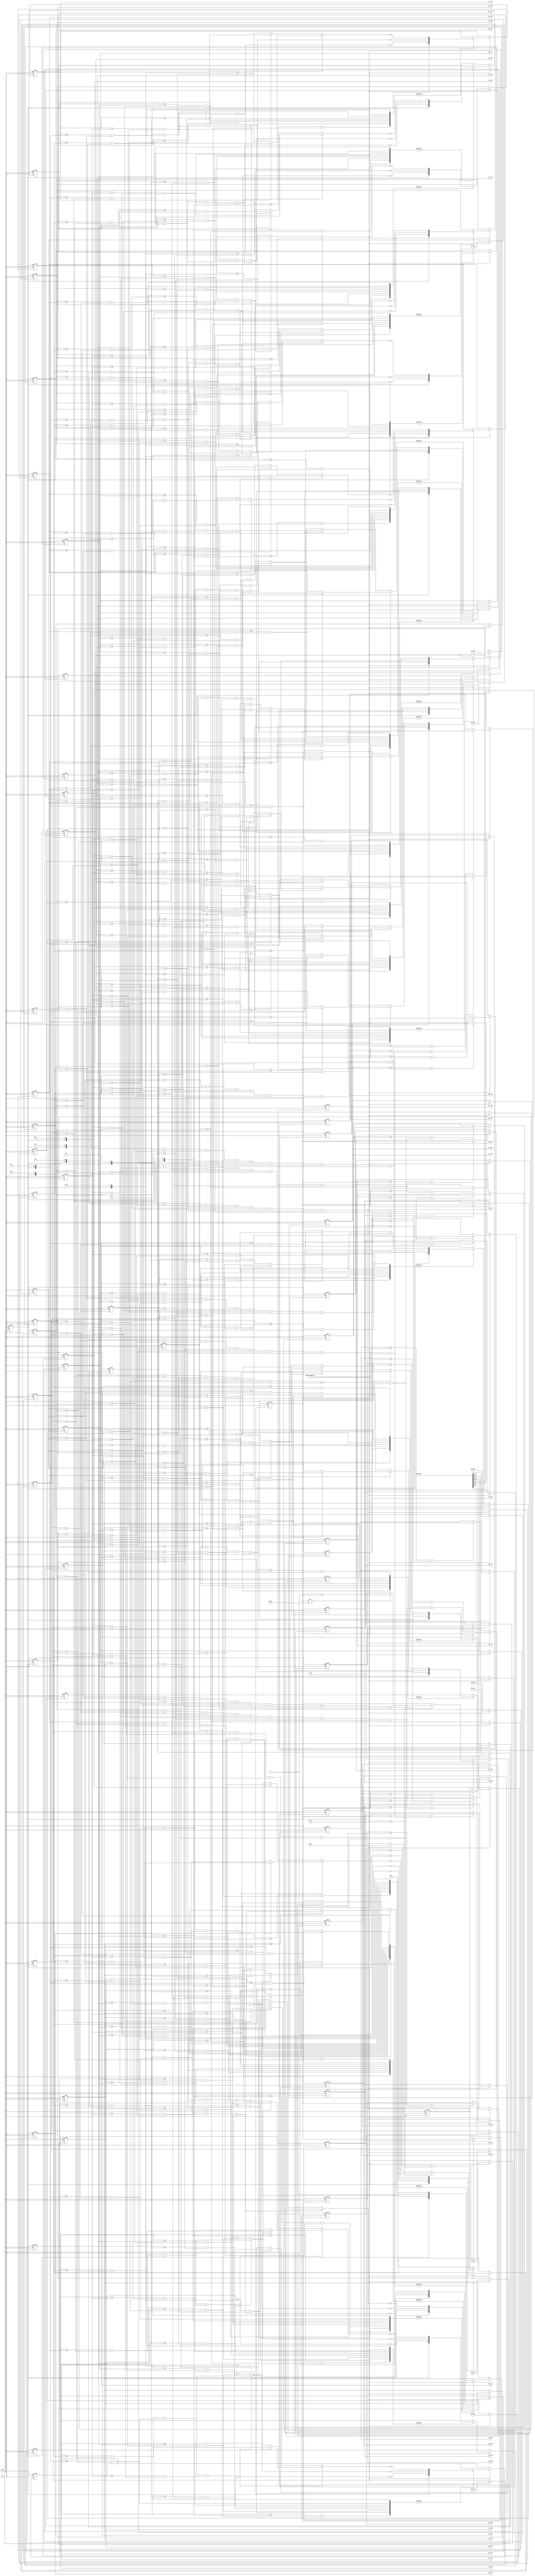
//@BzQ 
module ObjectInfoRSPE(clk, reset, start, Data_64bit, o0_label, o0_x_min, o0_x_max, o0_y_min, o0_y_max,
                                                     o1_label, o1_x_min, o1_x_max, o1_y_min, o1_y_max,
                                                     o2_label, o2_x_min, o2_x_max, o2_y_min, o2_y_max,
                                                     o3_label, o3_x_min, o3_x_max, o3_y_min, o3_y_max,
                                                     o4_label, o4_x_min, o4_x_max, o4_y_min, o4_y_max,
                                                     o5_label, o5_x_min, o5_x_max, o5_y_min, o5_y_max,
                                                     o6_label, o6_x_min, o6_x_max, o6_y_min, o6_y_max,
                                                     o7_label, o7_x_min, o7_x_max, o7_y_min, o7_y_max,
                                                     o8_label, o8_x_min, o8_x_max, o8_y_min, o8_y_max,
                                                     o9_label, o9_x_min, o9_x_max, o9_y_min, o9_y_max, 
                                                     ObjectInfoRSPE_en);
                                                     
   parameter WIDTH = 640/8;
   parameter HEIGHT = 480;
   input             clk, reset, start;  //start: }l
   input             ObjectInfoRSPE_en;
   input    [63:0]   Data_64bit;         //@i88-bit
   input    [7:0]    o0_label;
   input    [7:0]    o1_label;
   input    [7:0]    o2_label;
   input    [7:0]    o3_label;
   input    [7:0]    o4_label;
   input    [7:0]    o5_label;
   input    [7:0]    o6_label;
   input    [7:0]    o7_label;
   input    [7:0]    o8_label;
   input    [7:0]    o9_label;
   
   output   [9:0]    o0_x_min, o0_x_max;
   output   [9:0]    o1_x_min, o1_x_max;
   output   [9:0]    o2_x_min, o2_x_max;
   output   [9:0]    o3_x_min, o3_x_max;
   output   [9:0]    o4_x_min, o4_x_max;
   output   [9:0]    o5_x_min, o5_x_max;
   output   [9:0]    o6_x_min, o6_x_max;
   output   [9:0]    o7_x_min, o7_x_max;
   output   [9:0]    o8_x_min, o8_x_max;
   output   [9:0]    o9_x_min, o9_x_max;
   
   output   [8:0]    o0_y_min, o0_y_max;
   output   [8:0]    o1_y_min, o1_y_max;
   output   [8:0]    o2_y_min, o2_y_max;
   output   [8:0]    o3_y_min, o3_y_max;
   output   [8:0]    o4_y_min, o4_y_max;
   output   [8:0]    o5_y_min, o5_y_max;
   output   [8:0]    o6_y_min, o6_y_max;
   output   [8:0]    o7_y_min, o7_y_max;
   output   [8:0]    o8_y_min, o8_y_max;
   output   [8:0]    o9_y_min, o9_y_max;
   
   reg      [9:0]    o0_x_min, o0_x_max;
   reg      [9:0]    o1_x_min, o1_x_max;
   reg      [9:0]    o2_x_min, o2_x_max;
   reg      [9:0]    o3_x_min, o3_x_max;
   reg      [9:0]    o4_x_min, o4_x_max;
   reg      [9:0]    o5_x_min, o5_x_max;
   reg      [9:0]    o6_x_min, o6_x_max;
   reg      [9:0]    o7_x_min, o7_x_max;
   reg      [9:0]    o8_x_min, o8_x_max;
   reg      [9:0]    o9_x_min, o9_x_max;
   
   reg      [8:0]    o0_y_min, o0_y_max;
   reg      [8:0]    o1_y_min, o1_y_max;
   reg      [8:0]    o2_y_min, o2_y_max;
   reg      [8:0]    o3_y_min, o3_y_max;
   reg      [8:0]    o4_y_min, o4_y_max;
   reg      [8:0]    o5_y_min, o5_y_max;
   reg      [8:0]    o6_y_min, o6_y_max;
   reg      [8:0]    o7_y_min, o7_y_max;
   reg      [8:0]    o8_y_min, o8_y_max;
   reg      [8:0]    o9_y_min, o9_y_max;
   
   
   
   
   
   reg      [6:0]    count_i_r;
   reg      [8:0]    count_j_r;
   
 
   
   reg               start_r;
   
   reg      [7:0]    o0_label_r;
   reg      [7:0]    o1_label_r;
   reg      [7:0]    o2_label_r;
   reg      [7:0]    o3_label_r;
   reg      [7:0]    o4_label_r;
   reg      [7:0]    o5_label_r;
   reg      [7:0]    o6_label_r;
   reg      [7:0]    o7_label_r;
   reg      [7:0]    o8_label_r;
   reg      [7:0]    o9_label_r;
   
   reg      [7:0]    data_r [0:7];
   //reg      [7:0]    data_1_r;
   //reg      [7:0]    data_2_r;
   //reg      [7:0]    data_3_r;
   //reg      [7:0]    data_4_r;
   //reg      [7:0]    data_5_r;
   //reg      [7:0]    data_6_r;
   //reg      [7:0]    data_7_r;
   
   reg      [6:0]    count_i_w; 
   reg      [8:0]    count_j_w; 
   
   wire     [2:0]    index_min_0_w;
   wire     [2:0]    index_min_1_w;
   wire     [2:0]    index_min_2_w;
   wire     [2:0]    index_min_3_w;
   wire     [2:0]    index_min_4_w;
   wire     [2:0]    index_min_5_w;
   wire     [2:0]    index_min_6_w;
   wire     [2:0]    index_min_7_w;
   wire     [2:0]    index_min_8_w;
   wire     [2:0]    index_min_9_w;
   
   wire     [2:0]    index_max_0_w;
   wire     [2:0]    index_max_1_w;
   wire     [2:0]    index_max_2_w;
   wire     [2:0]    index_max_3_w;
   wire     [2:0]    index_max_4_w;
   wire     [2:0]    index_max_5_w;
   wire     [2:0]    index_max_6_w;
   wire     [2:0]    index_max_7_w;
   wire     [2:0]    index_max_8_w;
   wire     [2:0]    index_max_9_w;
   
   

                               
   wire     [9:0]    i_0_w;    
   wire     [9:0]    i_1_w;
   wire     [9:0]    i_2_w;
   wire     [9:0]    i_3_w;
   wire     [9:0]    i_4_w;
   wire     [9:0]    i_5_w;
   wire     [9:0]    i_6_w;
   wire     [9:0]    i_7_w;
   
   wire     [8:0]    j_w;
   
   wire     [8:0]    o0_y_min_w, o0_y_max_w;
   wire     [8:0]    o1_y_min_w, o1_y_max_w;
   wire     [8:0]    o2_y_min_w, o2_y_max_w;
   wire     [8:0]    o3_y_min_w, o3_y_max_w;
   wire     [8:0]    o4_y_min_w, o4_y_max_w;
   wire     [8:0]    o5_y_min_w, o5_y_max_w;
   wire     [8:0]    o6_y_min_w, o6_y_max_w;
   wire     [8:0]    o7_y_min_w, o7_y_max_w;
   wire     [8:0]    o8_y_min_w, o8_y_max_w;
   wire     [8:0]    o9_y_min_w, o9_y_max_w;
   
   wire     [9:0]    o0_x_min_w, o0_x_max_w;
   wire     [9:0]    o1_x_min_w, o1_x_max_w;
   wire     [9:0]    o2_x_min_w, o2_x_max_w;
   wire     [9:0]    o3_x_min_w, o3_x_max_w;
   wire     [9:0]    o4_x_min_w, o4_x_max_w;
   wire     [9:0]    o5_x_min_w, o5_x_max_w;
   wire     [9:0]    o6_x_min_w, o6_x_max_w;
   wire     [9:0]    o7_x_min_w, o7_x_max_w;
   wire     [9:0]    o8_x_min_w, o8_x_max_w;
   wire     [9:0]    o9_x_min_w, o9_x_max_w;
   
   
   wire     [7:0]    flag_min_0_w;
   wire     [7:0]    flag_min_1_w;
   wire     [7:0]    flag_min_2_w;
   wire     [7:0]    flag_min_3_w;
   wire     [7:0]    flag_min_4_w;
   wire     [7:0]    flag_min_5_w;
   wire     [7:0]    flag_min_6_w;
   wire     [7:0]    flag_min_7_w;
   wire     [7:0]    flag_min_8_w;
   wire     [7:0]    flag_min_9_w;
   
   wire     [7:0]    flag_max_0_w;
   wire     [7:0]    flag_max_1_w;
   wire     [7:0]    flag_max_2_w;
   wire     [7:0]    flag_max_3_w;
   wire     [7:0]    flag_max_4_w;
   wire     [7:0]    flag_max_5_w;
   wire     [7:0]    flag_max_6_w;
   wire     [7:0]    flag_max_7_w;
   wire     [7:0]    flag_max_8_w;
   wire     [7:0]    flag_max_9_w;
   
   
   
//========================================================================================================   
   assign i_0_w = {count_i_r, 3'd0};
   assign i_1_w = {count_i_r, 3'd1};
   assign i_2_w = {count_i_r, 3'd2};
   assign i_3_w = {count_i_r, 3'd3};
   assign i_4_w = {count_i_r, 3'd4};
   assign i_5_w = {count_i_r, 3'd5};
   assign i_6_w = {count_i_r, 3'd6};
   assign i_7_w = {count_i_r, 3'd7};
   
   assign j_w = count_j_r;
   
   assign o0_y_min_w = (o0_y_min >= j_w && (data_r[0] == o0_label_r || data_r[1] == o0_label_r || data_r[2] == o0_label_r || data_r[3] == o0_label_r || data_r[4] == o0_label_r || data_r[5] == o0_label_r || data_r[6] == o0_label_r || data_r[7] == o0_label_r) ) ? j_w : o0_y_min;
   assign o1_y_min_w = (o1_y_min >= j_w && (data_r[0] == o1_label_r || data_r[1] == o1_label_r || data_r[2] == o1_label_r || data_r[3] == o1_label_r || data_r[4] == o1_label_r || data_r[5] == o1_label_r || data_r[6] == o1_label_r || data_r[7] == o1_label_r) ) ? j_w : o1_y_min;
   assign o2_y_min_w = (o2_y_min >= j_w && (data_r[0] == o2_label_r || data_r[1] == o2_label_r || data_r[2] == o2_label_r || data_r[3] == o2_label_r || data_r[4] == o2_label_r || data_r[5] == o2_label_r || data_r[6] == o2_label_r || data_r[7] == o2_label_r) ) ? j_w : o2_y_min;
   assign o3_y_min_w = (o3_y_min >= j_w && (data_r[0] == o3_label_r || data_r[1] == o3_label_r || data_r[2] == o3_label_r || data_r[3] == o3_label_r || data_r[4] == o3_label_r || data_r[5] == o3_label_r || data_r[6] == o3_label_r || data_r[7] == o3_label_r) ) ? j_w : o3_y_min;
   assign o4_y_min_w = (o4_y_min >= j_w && (data_r[0] == o4_label_r || data_r[1] == o4_label_r || data_r[2] == o4_label_r || data_r[3] == o4_label_r || data_r[4] == o4_label_r || data_r[5] == o4_label_r || data_r[6] == o4_label_r || data_r[7] == o4_label_r) ) ? j_w : o4_y_min;
   assign o5_y_min_w = (o5_y_min >= j_w && (data_r[0] == o5_label_r || data_r[1] == o5_label_r || data_r[2] == o5_label_r || data_r[3] == o5_label_r || data_r[4] == o5_label_r || data_r[5] == o5_label_r || data_r[6] == o5_label_r || data_r[7] == o5_label_r) ) ? j_w : o5_y_min;
   assign o6_y_min_w = (o6_y_min >= j_w && (data_r[0] == o6_label_r || data_r[1] == o6_label_r || data_r[2] == o6_label_r || data_r[3] == o6_label_r || data_r[4] == o6_label_r || data_r[5] == o6_label_r || data_r[6] == o6_label_r || data_r[7] == o6_label_r) ) ? j_w : o6_y_min;
   assign o7_y_min_w = (o7_y_min >= j_w && (data_r[0] == o7_label_r || data_r[1] == o7_label_r || data_r[2] == o7_label_r || data_r[3] == o7_label_r || data_r[4] == o7_label_r || data_r[5] == o7_label_r || data_r[6] == o7_label_r || data_r[7] == o7_label_r) ) ? j_w : o7_y_min;
   assign o8_y_min_w = (o8_y_min >= j_w && (data_r[0] == o8_label_r || data_r[1] == o8_label_r || data_r[2] == o8_label_r || data_r[3] == o8_label_r || data_r[4] == o8_label_r || data_r[5] == o8_label_r || data_r[6] == o8_label_r || data_r[7] == o8_label_r) ) ? j_w : o8_y_min;
   assign o9_y_min_w = (o9_y_min >= j_w && (data_r[0] == o9_label_r || data_r[1] == o9_label_r || data_r[2] == o9_label_r || data_r[3] == o9_label_r || data_r[4] == o9_label_r || data_r[5] == o9_label_r || data_r[6] == o9_label_r || data_r[7] == o9_label_r) ) ? j_w : o9_y_min;
   
   assign o0_y_max_w = (o0_y_max <= j_w && (data_r[0] == o0_label_r || data_r[1] == o0_label_r || data_r[2] == o0_label_r || data_r[3] == o0_label_r || data_r[4] == o0_label_r || data_r[5] == o0_label_r || data_r[6] == o0_label_r || data_r[7] == o0_label_r) ) ? j_w : o0_y_max;
   assign o1_y_max_w = (o1_y_max <= j_w && (data_r[0] == o1_label_r || data_r[1] == o1_label_r || data_r[2] == o1_label_r || data_r[3] == o1_label_r || data_r[4] == o1_label_r || data_r[5] == o1_label_r || data_r[6] == o1_label_r || data_r[7] == o1_label_r) ) ? j_w : o1_y_max;
   assign o2_y_max_w = (o2_y_max <= j_w && (data_r[0] == o2_label_r || data_r[1] == o2_label_r || data_r[2] == o2_label_r || data_r[3] == o2_label_r || data_r[4] == o2_label_r || data_r[5] == o2_label_r || data_r[6] == o2_label_r || data_r[7] == o2_label_r) ) ? j_w : o2_y_max;
   assign o3_y_max_w = (o3_y_max <= j_w && (data_r[0] == o3_label_r || data_r[1] == o3_label_r || data_r[2] == o3_label_r || data_r[3] == o3_label_r || data_r[4] == o3_label_r || data_r[5] == o3_label_r || data_r[6] == o3_label_r || data_r[7] == o3_label_r) ) ? j_w : o3_y_max;
   assign o4_y_max_w = (o4_y_max <= j_w && (data_r[0] == o4_label_r || data_r[1] == o4_label_r || data_r[2] == o4_label_r || data_r[3] == o4_label_r || data_r[4] == o4_label_r || data_r[5] == o4_label_r || data_r[6] == o4_label_r || data_r[7] == o4_label_r) ) ? j_w : o4_y_max;
   assign o5_y_max_w = (o5_y_max <= j_w && (data_r[0] == o5_label_r || data_r[1] == o5_label_r || data_r[2] == o5_label_r || data_r[3] == o5_label_r || data_r[4] == o5_label_r || data_r[5] == o5_label_r || data_r[6] == o5_label_r || data_r[7] == o5_label_r) ) ? j_w : o5_y_max;
   assign o6_y_max_w = (o6_y_max <= j_w && (data_r[0] == o6_label_r || data_r[1] == o6_label_r || data_r[2] == o6_label_r || data_r[3] == o6_label_r || data_r[4] == o6_label_r || data_r[5] == o6_label_r || data_r[6] == o6_label_r || data_r[7] == o6_label_r) ) ? j_w : o6_y_max;
   assign o7_y_max_w = (o7_y_max <= j_w && (data_r[0] == o7_label_r || data_r[1] == o7_label_r || data_r[2] == o7_label_r || data_r[3] == o7_label_r || data_r[4] == o7_label_r || data_r[5] == o7_label_r || data_r[6] == o7_label_r || data_r[7] == o7_label_r) ) ? j_w : o7_y_max;
   assign o8_y_max_w = (o8_y_max <= j_w && (data_r[0] == o8_label_r || data_r[1] == o8_label_r || data_r[2] == o8_label_r || data_r[3] == o8_label_r || data_r[4] == o8_label_r || data_r[5] == o8_label_r || data_r[6] == o8_label_r || data_r[7] == o8_label_r) ) ? j_w : o8_y_max;
   assign o9_y_max_w = (o9_y_max <= j_w && (data_r[0] == o9_label_r || data_r[1] == o9_label_r || data_r[2] == o9_label_r || data_r[3] == o9_label_r || data_r[4] == o9_label_r || data_r[5] == o9_label_r || data_r[6] == o9_label_r || data_r[7] == o9_label_r) ) ? j_w : o9_y_max;
   
   assign flag_min_0_w[0] = (o0_x_min >= i_0_w && data_r[0] == o0_label_r);
   assign flag_min_0_w[1] = (o0_x_min >= i_1_w && data_r[1] == o0_label_r);
   assign flag_min_0_w[2] = (o0_x_min >= i_2_w && data_r[2] == o0_label_r);
   assign flag_min_0_w[3] = (o0_x_min >= i_3_w && data_r[3] == o0_label_r);
   assign flag_min_0_w[4] = (o0_x_min >= i_4_w && data_r[4] == o0_label_r);
   assign flag_min_0_w[5] = (o0_x_min >= i_5_w && data_r[5] == o0_label_r);
   assign flag_min_0_w[6] = (o0_x_min >= i_6_w && data_r[6] == o0_label_r);
   assign flag_min_0_w[7] = (o0_x_min >= i_7_w && data_r[7] == o0_label_r);
   
   assign flag_min_1_w[0] = (o1_x_min >= i_0_w && data_r[0] == o1_label_r);
   assign flag_min_1_w[1] = (o1_x_min >= i_1_w && data_r[1] == o1_label_r);
   assign flag_min_1_w[2] = (o1_x_min >= i_2_w && data_r[2] == o1_label_r);
   assign flag_min_1_w[3] = (o1_x_min >= i_3_w && data_r[3] == o1_label_r);
   assign flag_min_1_w[4] = (o1_x_min >= i_4_w && data_r[4] == o1_label_r);
   assign flag_min_1_w[5] = (o1_x_min >= i_5_w && data_r[5] == o1_label_r);
   assign flag_min_1_w[6] = (o1_x_min >= i_6_w && data_r[6] == o1_label_r);
   assign flag_min_1_w[7] = (o1_x_min >= i_7_w && data_r[7] == o1_label_r);
   
   assign flag_min_2_w[0] = (o2_x_min >= i_0_w && data_r[0] == o2_label_r);
   assign flag_min_2_w[1] = (o2_x_min >= i_1_w && data_r[1] == o2_label_r);
   assign flag_min_2_w[2] = (o2_x_min >= i_2_w && data_r[2] == o2_label_r);
   assign flag_min_2_w[3] = (o2_x_min >= i_3_w && data_r[3] == o2_label_r);
   assign flag_min_2_w[4] = (o2_x_min >= i_4_w && data_r[4] == o2_label_r);
   assign flag_min_2_w[5] = (o2_x_min >= i_5_w && data_r[5] == o2_label_r);
   assign flag_min_2_w[6] = (o2_x_min >= i_6_w && data_r[6] == o2_label_r);
   assign flag_min_2_w[7] = (o2_x_min >= i_7_w && data_r[7] == o2_label_r);
   
   assign flag_min_3_w[0] = (o3_x_min >= i_0_w && data_r[0] == o3_label_r);
   assign flag_min_3_w[1] = (o3_x_min >= i_1_w && data_r[1] == o3_label_r);
   assign flag_min_3_w[2] = (o3_x_min >= i_2_w && data_r[2] == o3_label_r);
   assign flag_min_3_w[3] = (o3_x_min >= i_3_w && data_r[3] == o3_label_r);
   assign flag_min_3_w[4] = (o3_x_min >= i_4_w && data_r[4] == o3_label_r);
   assign flag_min_3_w[5] = (o3_x_min >= i_5_w && data_r[5] == o3_label_r);
   assign flag_min_3_w[6] = (o3_x_min >= i_6_w && data_r[6] == o3_label_r);
   assign flag_min_3_w[7] = (o3_x_min >= i_7_w && data_r[7] == o3_label_r);
   
   assign flag_min_4_w[0] = (o4_x_min >= i_0_w && data_r[0] == o4_label_r);
   assign flag_min_4_w[1] = (o4_x_min >= i_1_w && data_r[1] == o4_label_r);
   assign flag_min_4_w[2] = (o4_x_min >= i_2_w && data_r[2] == o4_label_r);
   assign flag_min_4_w[3] = (o4_x_min >= i_3_w && data_r[3] == o4_label_r);
   assign flag_min_4_w[4] = (o4_x_min >= i_4_w && data_r[4] == o4_label_r);
   assign flag_min_4_w[5] = (o4_x_min >= i_5_w && data_r[5] == o4_label_r);
   assign flag_min_4_w[6] = (o4_x_min >= i_6_w && data_r[6] == o4_label_r);
   assign flag_min_4_w[7] = (o4_x_min >= i_7_w && data_r[7] == o4_label_r);
   
   assign flag_min_5_w[0] = (o5_x_min >= i_0_w && data_r[0] == o5_label_r);
   assign flag_min_5_w[1] = (o5_x_min >= i_1_w && data_r[1] == o5_label_r);
   assign flag_min_5_w[2] = (o5_x_min >= i_2_w && data_r[2] == o5_label_r);
   assign flag_min_5_w[3] = (o5_x_min >= i_3_w && data_r[3] == o5_label_r);
   assign flag_min_5_w[4] = (o5_x_min >= i_4_w && data_r[4] == o5_label_r);
   assign flag_min_5_w[5] = (o5_x_min >= i_5_w && data_r[5] == o5_label_r);
   assign flag_min_5_w[6] = (o5_x_min >= i_6_w && data_r[6] == o5_label_r);
   assign flag_min_5_w[7] = (o5_x_min >= i_7_w && data_r[7] == o5_label_r);
   
   assign flag_min_6_w[0] = (o6_x_min >= i_0_w && data_r[0] == o6_label_r);
   assign flag_min_6_w[1] = (o6_x_min >= i_1_w && data_r[1] == o6_label_r);
   assign flag_min_6_w[2] = (o6_x_min >= i_2_w && data_r[2] == o6_label_r);
   assign flag_min_6_w[3] = (o6_x_min >= i_3_w && data_r[3] == o6_label_r);
   assign flag_min_6_w[4] = (o6_x_min >= i_4_w && data_r[4] == o6_label_r);
   assign flag_min_6_w[5] = (o6_x_min >= i_5_w && data_r[5] == o6_label_r);
   assign flag_min_6_w[6] = (o6_x_min >= i_6_w && data_r[6] == o6_label_r);
   assign flag_min_6_w[7] = (o6_x_min >= i_7_w && data_r[7] == o6_label_r);
   
   assign flag_min_7_w[0] = (o7_x_min >= i_0_w && data_r[0] == o7_label_r);
   assign flag_min_7_w[1] = (o7_x_min >= i_1_w && data_r[1] == o7_label_r);
   assign flag_min_7_w[2] = (o7_x_min >= i_2_w && data_r[2] == o7_label_r);
   assign flag_min_7_w[3] = (o7_x_min >= i_3_w && data_r[3] == o7_label_r);
   assign flag_min_7_w[4] = (o7_x_min >= i_4_w && data_r[4] == o7_label_r);
   assign flag_min_7_w[5] = (o7_x_min >= i_5_w && data_r[5] == o7_label_r);
   assign flag_min_7_w[6] = (o7_x_min >= i_6_w && data_r[6] == o7_label_r);
   assign flag_min_7_w[7] = (o7_x_min >= i_7_w && data_r[7] == o7_label_r);
   
   assign flag_min_8_w[0] = (o8_x_min >= i_0_w && data_r[0] == o8_label_r);
   assign flag_min_8_w[1] = (o8_x_min >= i_1_w && data_r[1] == o8_label_r);
   assign flag_min_8_w[2] = (o8_x_min >= i_2_w && data_r[2] == o8_label_r);
   assign flag_min_8_w[3] = (o8_x_min >= i_3_w && data_r[3] == o8_label_r);
   assign flag_min_8_w[4] = (o8_x_min >= i_4_w && data_r[4] == o8_label_r);
   assign flag_min_8_w[5] = (o8_x_min >= i_5_w && data_r[5] == o8_label_r);
   assign flag_min_8_w[6] = (o8_x_min >= i_6_w && data_r[6] == o8_label_r);
   assign flag_min_8_w[7] = (o8_x_min >= i_7_w && data_r[7] == o8_label_r);
   
   assign flag_min_9_w[0] = (o9_x_min >= i_0_w && data_r[0] == o9_label_r);
   assign flag_min_9_w[1] = (o9_x_min >= i_1_w && data_r[1] == o9_label_r);
   assign flag_min_9_w[2] = (o9_x_min >= i_2_w && data_r[2] == o9_label_r);
   assign flag_min_9_w[3] = (o9_x_min >= i_3_w && data_r[3] == o9_label_r);
   assign flag_min_9_w[4] = (o9_x_min >= i_4_w && data_r[4] == o9_label_r);
   assign flag_min_9_w[5] = (o9_x_min >= i_5_w && data_r[5] == o9_label_r);
   assign flag_min_9_w[6] = (o9_x_min >= i_6_w && data_r[6] == o9_label_r);
   assign flag_min_9_w[7] = (o9_x_min >= i_7_w && data_r[7] == o9_label_r);
   
   
   assign flag_max_0_w[0] = (o0_x_max <= i_0_w && data_r[0] == o0_label_r);
   assign flag_max_0_w[1] = (o0_x_max <= i_1_w && data_r[1] == o0_label_r);
   assign flag_max_0_w[2] = (o0_x_max <= i_2_w && data_r[2] == o0_label_r);
   assign flag_max_0_w[3] = (o0_x_max <= i_3_w && data_r[3] == o0_label_r);
   assign flag_max_0_w[4] = (o0_x_max <= i_4_w && data_r[4] == o0_label_r);
   assign flag_max_0_w[5] = (o0_x_max <= i_5_w && data_r[5] == o0_label_r);
   assign flag_max_0_w[6] = (o0_x_max <= i_6_w && data_r[6] == o0_label_r);
   assign flag_max_0_w[7] = (o0_x_max <= i_7_w && data_r[7] == o0_label_r);
                         
   assign flag_max_1_w[0] = (o1_x_max <= i_0_w && data_r[0] == o1_label_r);
   assign flag_max_1_w[1] = (o1_x_max <= i_1_w && data_r[1] == o1_label_r);
   assign flag_max_1_w[2] = (o1_x_max <= i_2_w && data_r[2] == o1_label_r);
   assign flag_max_1_w[3] = (o1_x_max <= i_3_w && data_r[3] == o1_label_r);
   assign flag_max_1_w[4] = (o1_x_max <= i_4_w && data_r[4] == o1_label_r);
   assign flag_max_1_w[5] = (o1_x_max <= i_5_w && data_r[5] == o1_label_r);
   assign flag_max_1_w[6] = (o1_x_max <= i_6_w && data_r[6] == o1_label_r);
   assign flag_max_1_w[7] = (o1_x_max <= i_7_w && data_r[7] == o1_label_r);
                         
   assign flag_max_2_w[0] = (o2_x_max <= i_0_w && data_r[0] == o2_label_r);
   assign flag_max_2_w[1] = (o2_x_max <= i_1_w && data_r[1] == o2_label_r);
   assign flag_max_2_w[2] = (o2_x_max <= i_2_w && data_r[2] == o2_label_r);
   assign flag_max_2_w[3] = (o2_x_max <= i_3_w && data_r[3] == o2_label_r);
   assign flag_max_2_w[4] = (o2_x_max <= i_4_w && data_r[4] == o2_label_r);
   assign flag_max_2_w[5] = (o2_x_max <= i_5_w && data_r[5] == o2_label_r);
   assign flag_max_2_w[6] = (o2_x_max <= i_6_w && data_r[6] == o2_label_r);
   assign flag_max_2_w[7] = (o2_x_max <= i_7_w && data_r[7] == o2_label_r);
                         
   assign flag_max_3_w[0] = (o3_x_max <= i_0_w && data_r[0] == o3_label_r);
   assign flag_max_3_w[1] = (o3_x_max <= i_1_w && data_r[1] == o3_label_r);
   assign flag_max_3_w[2] = (o3_x_max <= i_2_w && data_r[2] == o3_label_r);
   assign flag_max_3_w[3] = (o3_x_max <= i_3_w && data_r[3] == o3_label_r);
   assign flag_max_3_w[4] = (o3_x_max <= i_4_w && data_r[4] == o3_label_r);
   assign flag_max_3_w[5] = (o3_x_max <= i_5_w && data_r[5] == o3_label_r);
   assign flag_max_3_w[6] = (o3_x_max <= i_6_w && data_r[6] == o3_label_r);
   assign flag_max_3_w[7] = (o3_x_max <= i_7_w && data_r[7] == o3_label_r);
                         
   assign flag_max_4_w[0] = (o4_x_max <= i_0_w && data_r[0] == o4_label_r);
   assign flag_max_4_w[1] = (o4_x_max <= i_1_w && data_r[1] == o4_label_r);
   assign flag_max_4_w[2] = (o4_x_max <= i_2_w && data_r[2] == o4_label_r);
   assign flag_max_4_w[3] = (o4_x_max <= i_3_w && data_r[3] == o4_label_r);
   assign flag_max_4_w[4] = (o4_x_max <= i_4_w && data_r[4] == o4_label_r);
   assign flag_max_4_w[5] = (o4_x_max <= i_5_w && data_r[5] == o4_label_r);
   assign flag_max_4_w[6] = (o4_x_max <= i_6_w && data_r[6] == o4_label_r);
   assign flag_max_4_w[7] = (o4_x_max <= i_7_w && data_r[7] == o4_label_r);
                         
   assign flag_max_5_w[0] = (o5_x_max <= i_0_w && data_r[0] == o5_label_r);
   assign flag_max_5_w[1] = (o5_x_max <= i_1_w && data_r[1] == o5_label_r);
   assign flag_max_5_w[2] = (o5_x_max <= i_2_w && data_r[2] == o5_label_r);
   assign flag_max_5_w[3] = (o5_x_max <= i_3_w && data_r[3] == o5_label_r);
   assign flag_max_5_w[4] = (o5_x_max <= i_4_w && data_r[4] == o5_label_r);
   assign flag_max_5_w[5] = (o5_x_max <= i_5_w && data_r[5] == o5_label_r);
   assign flag_max_5_w[6] = (o5_x_max <= i_6_w && data_r[6] == o5_label_r);
   assign flag_max_5_w[7] = (o5_x_max <= i_7_w && data_r[7] == o5_label_r);
                         
   assign flag_max_6_w[0] = (o6_x_max <= i_0_w && data_r[0] == o6_label_r);
   assign flag_max_6_w[1] = (o6_x_max <= i_1_w && data_r[1] == o6_label_r);
   assign flag_max_6_w[2] = (o6_x_max <= i_2_w && data_r[2] == o6_label_r);
   assign flag_max_6_w[3] = (o6_x_max <= i_3_w && data_r[3] == o6_label_r);
   assign flag_max_6_w[4] = (o6_x_max <= i_4_w && data_r[4] == o6_label_r);
   assign flag_max_6_w[5] = (o6_x_max <= i_5_w && data_r[5] == o6_label_r);
   assign flag_max_6_w[6] = (o6_x_max <= i_6_w && data_r[6] == o6_label_r);
   assign flag_max_6_w[7] = (o6_x_max <= i_7_w && data_r[7] == o6_label_r);
                         
   assign flag_max_7_w[0] = (o7_x_max <= i_0_w && data_r[0] == o7_label_r);
   assign flag_max_7_w[1] = (o7_x_max <= i_1_w && data_r[1] == o7_label_r);
   assign flag_max_7_w[2] = (o7_x_max <= i_2_w && data_r[2] == o7_label_r);
   assign flag_max_7_w[3] = (o7_x_max <= i_3_w && data_r[3] == o7_label_r);
   assign flag_max_7_w[4] = (o7_x_max <= i_4_w && data_r[4] == o7_label_r);
   assign flag_max_7_w[5] = (o7_x_max <= i_5_w && data_r[5] == o7_label_r);
   assign flag_max_7_w[6] = (o7_x_max <= i_6_w && data_r[6] == o7_label_r);
   assign flag_max_7_w[7] = (o7_x_max <= i_7_w && data_r[7] == o7_label_r);
                         
   assign flag_max_8_w[0] = (o8_x_max <= i_0_w && data_r[0] == o8_label_r);
   assign flag_max_8_w[1] = (o8_x_max <= i_1_w && data_r[1] == o8_label_r);
   assign flag_max_8_w[2] = (o8_x_max <= i_2_w && data_r[2] == o8_label_r);
   assign flag_max_8_w[3] = (o8_x_max <= i_3_w && data_r[3] == o8_label_r);
   assign flag_max_8_w[4] = (o8_x_max <= i_4_w && data_r[4] == o8_label_r);
   assign flag_max_8_w[5] = (o8_x_max <= i_5_w && data_r[5] == o8_label_r);
   assign flag_max_8_w[6] = (o8_x_max <= i_6_w && data_r[6] == o8_label_r);
   assign flag_max_8_w[7] = (o8_x_max <= i_7_w && data_r[7] == o8_label_r);
                         
   assign flag_max_9_w[0] = (o9_x_max <= i_0_w && data_r[0] == o9_label_r);
   assign flag_max_9_w[1] = (o9_x_max <= i_1_w && data_r[1] == o9_label_r);
   assign flag_max_9_w[2] = (o9_x_max <= i_2_w && data_r[2] == o9_label_r);
   assign flag_max_9_w[3] = (o9_x_max <= i_3_w && data_r[3] == o9_label_r);
   assign flag_max_9_w[4] = (o9_x_max <= i_4_w && data_r[4] == o9_label_r);
   assign flag_max_9_w[5] = (o9_x_max <= i_5_w && data_r[5] == o9_label_r);
   assign flag_max_9_w[6] = (o9_x_max <= i_6_w && data_r[6] == o9_label_r);
   assign flag_max_9_w[7] = (o9_x_max <= i_7_w && data_r[7] == o9_label_r);
   
   
   
   assign index_min_0_w[2] = !(flag_min_0_w[0] || flag_min_0_w[1] || flag_min_0_w[2] || flag_min_0_w[3]);
   assign index_min_1_w[2] = !(flag_min_1_w[0] || flag_min_1_w[1] || flag_min_1_w[2] || flag_min_1_w[3]);
   assign index_min_2_w[2] = !(flag_min_2_w[0] || flag_min_2_w[1] || flag_min_2_w[2] || flag_min_2_w[3]);
   assign index_min_3_w[2] = !(flag_min_3_w[0] || flag_min_3_w[1] || flag_min_3_w[2] || flag_min_3_w[3]);
   assign index_min_4_w[2] = !(flag_min_4_w[0] || flag_min_4_w[1] || flag_min_4_w[2] || flag_min_4_w[3]);
   assign index_min_5_w[2] = !(flag_min_5_w[0] || flag_min_5_w[1] || flag_min_5_w[2] || flag_min_5_w[3]);
   assign index_min_6_w[2] = !(flag_min_6_w[0] || flag_min_6_w[1] || flag_min_6_w[2] || flag_min_6_w[3]);
   assign index_min_7_w[2] = !(flag_min_7_w[0] || flag_min_7_w[1] || flag_min_7_w[2] || flag_min_7_w[3]);
   assign index_min_8_w[2] = !(flag_min_8_w[0] || flag_min_8_w[1] || flag_min_8_w[2] || flag_min_8_w[3]);
   assign index_min_9_w[2] = !(flag_min_9_w[0] || flag_min_9_w[1] || flag_min_9_w[2] || flag_min_9_w[3]);
   
   assign index_min_0_w[1] = !((index_min_0_w[2])?(flag_min_0_w[4] || flag_min_0_w[5]):(flag_min_0_w[0] || flag_min_0_w[1]));
   assign index_min_1_w[1] = !((index_min_1_w[2])?(flag_min_1_w[4] || flag_min_1_w[5]):(flag_min_1_w[0] || flag_min_1_w[1]));
   assign index_min_2_w[1] = !((index_min_2_w[2])?(flag_min_2_w[4] || flag_min_2_w[5]):(flag_min_2_w[0] || flag_min_2_w[1]));
   assign index_min_3_w[1] = !((index_min_3_w[2])?(flag_min_3_w[4] || flag_min_3_w[5]):(flag_min_3_w[0] || flag_min_3_w[1]));
   assign index_min_4_w[1] = !((index_min_4_w[2])?(flag_min_4_w[4] || flag_min_4_w[5]):(flag_min_4_w[0] || flag_min_4_w[1]));
   assign index_min_5_w[1] = !((index_min_5_w[2])?(flag_min_5_w[4] || flag_min_5_w[5]):(flag_min_5_w[0] || flag_min_5_w[1]));
   assign index_min_6_w[1] = !((index_min_6_w[2])?(flag_min_6_w[4] || flag_min_6_w[5]):(flag_min_6_w[0] || flag_min_6_w[1]));
   assign index_min_7_w[1] = !((index_min_7_w[2])?(flag_min_7_w[4] || flag_min_7_w[5]):(flag_min_7_w[0] || flag_min_7_w[1]));
   assign index_min_8_w[1] = !((index_min_8_w[2])?(flag_min_8_w[4] || flag_min_8_w[5]):(flag_min_8_w[0] || flag_min_8_w[1]));
   assign index_min_9_w[1] = !((index_min_9_w[2])?(flag_min_9_w[4] || flag_min_9_w[5]):(flag_min_9_w[0] || flag_min_9_w[1]));
   
   assign index_min_0_w[0] = !((index_min_0_w[2])? ( (index_min_0_w[1])? flag_min_0_w[6] : flag_min_0_w[4] ) : ( (index_min_0_w[1])? flag_min_0_w[2] : flag_min_0_w[0] )  );
   assign index_min_1_w[0] = !((index_min_1_w[2])? ( (index_min_1_w[1])? flag_min_1_w[6] : flag_min_1_w[4] ) : ( (index_min_1_w[1])? flag_min_1_w[2] : flag_min_1_w[0] )  );
   assign index_min_2_w[0] = !((index_min_2_w[2])? ( (index_min_2_w[1])? flag_min_2_w[6] : flag_min_2_w[4] ) : ( (index_min_2_w[1])? flag_min_2_w[2] : flag_min_2_w[0] )  );
   assign index_min_3_w[0] = !((index_min_3_w[2])? ( (index_min_3_w[1])? flag_min_3_w[6] : flag_min_3_w[4] ) : ( (index_min_3_w[1])? flag_min_3_w[2] : flag_min_3_w[0] )  );
   assign index_min_4_w[0] = !((index_min_4_w[2])? ( (index_min_4_w[1])? flag_min_4_w[6] : flag_min_4_w[4] ) : ( (index_min_4_w[1])? flag_min_4_w[2] : flag_min_4_w[0] )  );
   assign index_min_5_w[0] = !((index_min_5_w[2])? ( (index_min_5_w[1])? flag_min_5_w[6] : flag_min_5_w[4] ) : ( (index_min_5_w[1])? flag_min_5_w[2] : flag_min_5_w[0] )  );
   assign index_min_6_w[0] = !((index_min_6_w[2])? ( (index_min_6_w[1])? flag_min_6_w[6] : flag_min_6_w[4] ) : ( (index_min_6_w[1])? flag_min_6_w[2] : flag_min_6_w[0] )  );
   assign index_min_7_w[0] = !((index_min_7_w[2])? ( (index_min_7_w[1])? flag_min_7_w[6] : flag_min_7_w[4] ) : ( (index_min_7_w[1])? flag_min_7_w[2] : flag_min_7_w[0] )  );
   assign index_min_8_w[0] = !((index_min_8_w[2])? ( (index_min_8_w[1])? flag_min_8_w[6] : flag_min_8_w[4] ) : ( (index_min_8_w[1])? flag_min_8_w[2] : flag_min_8_w[0] )  );
   assign index_min_9_w[0] = !((index_min_9_w[2])? ( (index_min_9_w[1])? flag_min_9_w[6] : flag_min_9_w[4] ) : ( (index_min_9_w[1])? flag_min_9_w[2] : flag_min_9_w[0] )  );
   
   
   assign index_max_0_w[2] = (flag_max_0_w[4] || flag_max_0_w[5] || flag_max_0_w[6] || flag_max_0_w[7]);
   assign index_max_1_w[2] = (flag_max_1_w[4] || flag_max_1_w[5] || flag_max_1_w[6] || flag_max_1_w[7]);
   assign index_max_2_w[2] = (flag_max_2_w[4] || flag_max_2_w[5] || flag_max_2_w[6] || flag_max_2_w[7]);
   assign index_max_3_w[2] = (flag_max_3_w[4] || flag_max_3_w[5] || flag_max_3_w[6] || flag_max_3_w[7]);
   assign index_max_4_w[2] = (flag_max_4_w[4] || flag_max_4_w[5] || flag_max_4_w[6] || flag_max_4_w[7]);
   assign index_max_5_w[2] = (flag_max_5_w[4] || flag_max_5_w[5] || flag_max_5_w[6] || flag_max_5_w[7]);
   assign index_max_6_w[2] = (flag_max_6_w[4] || flag_max_6_w[5] || flag_max_6_w[6] || flag_max_6_w[7]);
   assign index_max_7_w[2] = (flag_max_7_w[4] || flag_max_7_w[5] || flag_max_7_w[6] || flag_max_7_w[7]);
   assign index_max_8_w[2] = (flag_max_8_w[4] || flag_max_8_w[5] || flag_max_8_w[6] || flag_max_8_w[7]);
   assign index_max_9_w[2] = (flag_max_9_w[4] || flag_max_9_w[5] || flag_max_9_w[6] || flag_max_9_w[7]);
   
   assign index_max_0_w[1] = ((index_max_0_w[2])?(flag_max_0_w[6] || flag_max_0_w[7]):(flag_max_0_w[2] || flag_max_0_w[3]));
   assign index_max_1_w[1] = ((index_max_1_w[2])?(flag_max_1_w[6] || flag_max_1_w[7]):(flag_max_1_w[2] || flag_max_1_w[3]));
   assign index_max_2_w[1] = ((index_max_2_w[2])?(flag_max_2_w[6] || flag_max_2_w[7]):(flag_max_2_w[2] || flag_max_2_w[3]));
   assign index_max_3_w[1] = ((index_max_3_w[2])?(flag_max_3_w[6] || flag_max_3_w[7]):(flag_max_3_w[2] || flag_max_3_w[3]));
   assign index_max_4_w[1] = ((index_max_4_w[2])?(flag_max_4_w[6] || flag_max_4_w[7]):(flag_max_4_w[2] || flag_max_4_w[3]));
   assign index_max_5_w[1] = ((index_max_5_w[2])?(flag_max_5_w[6] || flag_max_5_w[7]):(flag_max_5_w[2] || flag_max_5_w[3]));
   assign index_max_6_w[1] = ((index_max_6_w[2])?(flag_max_6_w[6] || flag_max_6_w[7]):(flag_max_6_w[2] || flag_max_6_w[3]));
   assign index_max_7_w[1] = ((index_max_7_w[2])?(flag_max_7_w[6] || flag_max_7_w[7]):(flag_max_7_w[2] || flag_max_7_w[3]));
   assign index_max_8_w[1] = ((index_max_8_w[2])?(flag_max_8_w[6] || flag_max_8_w[7]):(flag_max_8_w[2] || flag_max_8_w[3]));
   assign index_max_9_w[1] = ((index_max_9_w[2])?(flag_max_9_w[6] || flag_max_9_w[7]):(flag_max_9_w[2] || flag_max_9_w[3]));
   
   assign index_max_0_w[0] = ((index_max_0_w[2])? ( (index_max_0_w[1])? flag_max_0_w[7] : flag_max_0_w[5] ) : ( (index_max_0_w[1])? flag_max_0_w[3] : flag_max_0_w[1] )  );
   assign index_max_1_w[0] = ((index_max_1_w[2])? ( (index_max_1_w[1])? flag_max_1_w[7] : flag_max_1_w[5] ) : ( (index_max_1_w[1])? flag_max_1_w[3] : flag_max_1_w[1] )  );
   assign index_max_2_w[0] = ((index_max_2_w[2])? ( (index_max_2_w[1])? flag_max_2_w[7] : flag_max_2_w[5] ) : ( (index_max_2_w[1])? flag_max_2_w[3] : flag_max_2_w[1] )  );
   assign index_max_3_w[0] = ((index_max_3_w[2])? ( (index_max_3_w[1])? flag_max_3_w[7] : flag_max_3_w[5] ) : ( (index_max_3_w[1])? flag_max_3_w[3] : flag_max_3_w[1] )  );
   assign index_max_4_w[0] = ((index_max_4_w[2])? ( (index_max_4_w[1])? flag_max_4_w[7] : flag_max_4_w[5] ) : ( (index_max_4_w[1])? flag_max_4_w[3] : flag_max_4_w[1] )  );
   assign index_max_5_w[0] = ((index_max_5_w[2])? ( (index_max_5_w[1])? flag_max_5_w[7] : flag_max_5_w[5] ) : ( (index_max_5_w[1])? flag_max_5_w[3] : flag_max_5_w[1] )  );
   assign index_max_6_w[0] = ((index_max_6_w[2])? ( (index_max_6_w[1])? flag_max_6_w[7] : flag_max_6_w[5] ) : ( (index_max_6_w[1])? flag_max_6_w[3] : flag_max_6_w[1] )  );
   assign index_max_7_w[0] = ((index_max_7_w[2])? ( (index_max_7_w[1])? flag_max_7_w[7] : flag_max_7_w[5] ) : ( (index_max_7_w[1])? flag_max_7_w[3] : flag_max_7_w[1] )  );
   assign index_max_8_w[0] = ((index_max_8_w[2])? ( (index_max_8_w[1])? flag_max_8_w[7] : flag_max_8_w[5] ) : ( (index_max_8_w[1])? flag_max_8_w[3] : flag_max_8_w[1] )  );
   assign index_max_9_w[0] = ((index_max_9_w[2])? ( (index_max_9_w[1])? flag_max_9_w[7] : flag_max_9_w[5] ) : ( (index_max_9_w[1])? flag_max_9_w[3] : flag_max_9_w[1] )  );
   
   assign o0_x_min_w = (|flag_min_0_w)?{count_i_r, index_min_0_w}:o0_x_min;
   assign o1_x_min_w = (|flag_min_1_w)?{count_i_r, index_min_1_w}:o1_x_min;
   assign o2_x_min_w = (|flag_min_2_w)?{count_i_r, index_min_2_w}:o2_x_min;
   assign o3_x_min_w = (|flag_min_3_w)?{count_i_r, index_min_3_w}:o3_x_min;
   assign o4_x_min_w = (|flag_min_4_w)?{count_i_r, index_min_4_w}:o4_x_min;
   assign o5_x_min_w = (|flag_min_5_w)?{count_i_r, index_min_5_w}:o5_x_min;
   assign o6_x_min_w = (|flag_min_6_w)?{count_i_r, index_min_6_w}:o6_x_min;
   assign o7_x_min_w = (|flag_min_7_w)?{count_i_r, index_min_7_w}:o7_x_min;
   assign o8_x_min_w = (|flag_min_8_w)?{count_i_r, index_min_8_w}:o8_x_min;
   assign o9_x_min_w = (|flag_min_9_w)?{count_i_r, index_min_9_w}:o9_x_min;
   
   
   assign o0_x_max_w = (|flag_max_0_w)?{count_i_r, index_max_0_w}:o0_x_max;
   assign o1_x_max_w = (|flag_max_1_w)?{count_i_r, index_max_1_w}:o1_x_max;
   assign o2_x_max_w = (|flag_max_2_w)?{count_i_r, index_max_2_w}:o2_x_max;
   assign o3_x_max_w = (|flag_max_3_w)?{count_i_r, index_max_3_w}:o3_x_max;
   assign o4_x_max_w = (|flag_max_4_w)?{count_i_r, index_max_4_w}:o4_x_max;
   assign o5_x_max_w = (|flag_max_5_w)?{count_i_r, index_max_5_w}:o5_x_max;
   assign o6_x_max_w = (|flag_max_6_w)?{count_i_r, index_max_6_w}:o6_x_max;
   assign o7_x_max_w = (|flag_max_7_w)?{count_i_r, index_max_7_w}:o7_x_max;
   assign o8_x_max_w = (|flag_max_8_w)?{count_i_r, index_max_8_w}:o8_x_max;
   assign o9_x_max_w = (|flag_max_9_w)?{count_i_r, index_max_9_w}:o9_x_max;


   
   
//========================================================================================================     
   always@(*)
   begin
      if(start_r == 1'b1)
      begin
         if(count_i_r == WIDTH-1)
         begin
            count_i_w = 7'd0;
            if(count_j_r != HEIGHT-1)
               count_j_w = count_j_r + 9'd1;
            else
               count_j_w = 9'd0;
         end
         else
         begin
            count_i_w = count_i_r + 7'd1;
            count_j_w = count_j_r;
            
         end
      
      end
      else
      begin
         count_i_w = 7'd0;
         count_j_w = 9'd0;
      end
   
   end
   
  
   
   
   
  
   
   
   
   
   
   
   
   
   
   
   
   
   
//   wire gclk = clk & ObjectInfoRSPE_en;
   
   always@(posedge clk or posedge reset)                             
   begin
      
      if(reset)
      begin
         o0_x_min <= 10'd1023;
         o1_x_min <= 10'd1023;
         o2_x_min <= 10'd1023;
         o3_x_min <= 10'd1023;
         o4_x_min <= 10'd1023;
         o5_x_min <= 10'd1023;
         o6_x_min <= 10'd1023;
         o7_x_min <= 10'd1023;
         o8_x_min <= 10'd1023;
         o9_x_min <= 10'd1023;
         o0_x_max <= 10'd0;
         o1_x_max <= 10'd0;
         o2_x_max <= 10'd0;
         o3_x_max <= 10'd0;
         o4_x_max <= 10'd0;
         o5_x_max <= 10'd0;
         o6_x_max <= 10'd0;
         o7_x_max <= 10'd0;
         o8_x_max <= 10'd0;
         o9_x_max <= 10'd0;
         o0_y_min <= 9'd511;
         o1_y_min <= 9'd511;
         o2_y_min <= 9'd511;
         o3_y_min <= 9'd511;
         o4_y_min <= 9'd511;
         o5_y_min <= 9'd511;
         o6_y_min <= 9'd511;
         o7_y_min <= 9'd511;
         o8_y_min <= 9'd511;
         o9_y_min <= 9'd511;
         o0_y_max <= 9'd0;
         o1_y_max <= 9'd0;
         o2_y_max <= 9'd0;
         o3_y_max <= 9'd0;
         o4_y_max <= 9'd0;
         o5_y_max <= 9'd0;
         o6_y_max <= 9'd0;
         o7_y_max <= 9'd0;
         o8_y_max <= 9'd0;         
         o9_y_max <= 9'd0;
         
         count_i_r <= 7'd0;
         count_j_r <= 9'd0;
         
         start_r <= 1'b0;
         
         o0_label_r <= 8'd255;
         o1_label_r <= 8'd255;
         o2_label_r <= 8'd255;
         o3_label_r <= 8'd255;
         o4_label_r <= 8'd255;
         o5_label_r <= 8'd255;
         o6_label_r <= 8'd255;
         o7_label_r <= 8'd255;
         o8_label_r <= 8'd255;
         o9_label_r <= 8'd255;
         
         data_r[0] <= 8'd0;
         data_r[1] <= 8'd0;
         data_r[2] <= 8'd0;
         data_r[3] <= 8'd0;
         data_r[4] <= 8'd0;
         data_r[5] <= 8'd0;
         data_r[6] <= 8'd0;
         data_r[7] <= 8'd0;
         
            
            
            
      end
      else
      begin
         if(ObjectInfoRSPE_en)
         begin
            o0_x_min <= o0_x_min_w;
            o1_x_min <= o1_x_min_w;
            o2_x_min <= o2_x_min_w;
            o3_x_min <= o3_x_min_w;
            o4_x_min <= o4_x_min_w;
            o5_x_min <= o5_x_min_w;
            o6_x_min <= o6_x_min_w;
            o7_x_min <= o7_x_min_w;
            o8_x_min <= o8_x_min_w;
            o9_x_min <= o9_x_min_w;
            o0_x_max <= o0_x_max_w;
            o1_x_max <= o1_x_max_w;
            o2_x_max <= o2_x_max_w;
            o3_x_max <= o3_x_max_w;
            o4_x_max <= o4_x_max_w;
            o5_x_max <= o5_x_max_w;
            o6_x_max <= o6_x_max_w;
            o7_x_max <= o7_x_max_w;
            o8_x_max <= o8_x_max_w;
            o9_x_max <= o9_x_max_w;
            o0_y_min <= o0_y_min_w;
            o1_y_min <= o1_y_min_w;
            o2_y_min <= o2_y_min_w;
            o3_y_min <= o3_y_min_w;
            o4_y_min <= o4_y_min_w;
            o5_y_min <= o5_y_min_w;
            o6_y_min <= o6_y_min_w;
            o7_y_min <= o7_y_min_w;
            o8_y_min <= o8_y_min_w;
            o9_y_min <= o9_y_min_w;
            o0_y_max <= o0_y_max_w;
            o1_y_max <= o1_y_max_w;
            o2_y_max <= o2_y_max_w;
            o3_y_max <= o3_y_max_w;
            o4_y_max <= o4_y_max_w;
            o5_y_max <= o5_y_max_w;
            o6_y_max <= o6_y_max_w;
            o7_y_max <= o7_y_max_w;
            o8_y_max <= o8_y_max_w;
            o9_y_max <= o9_y_max_w;
            
            count_i_r <= count_i_w;
            count_j_r <= count_j_w;
            
            start_r <= start;
            
            o0_label_r <= o0_label;
            o1_label_r <= o1_label;
            o2_label_r <= o2_label;
            o3_label_r <= o3_label;
            o4_label_r <= o4_label;
            o5_label_r <= o5_label;
            o6_label_r <= o6_label;
            o7_label_r <= o7_label;
            o8_label_r <= o8_label;
            o9_label_r <= o9_label;
            
            data_r[0] <= Data_64bit[07:00];
            data_r[1] <= Data_64bit[15:08];
            data_r[2] <= Data_64bit[23:16];
            data_r[3] <= Data_64bit[31:24];
            data_r[4] <= Data_64bit[39:32];
            data_r[5] <= Data_64bit[47:40];
            data_r[6] <= Data_64bit[55:48];
            data_r[7] <= Data_64bit[63:56];
            
            
            
            
            
         end
            
            
            
            
      end   
            
   end      
            
            

                      
                      

endmodule